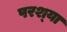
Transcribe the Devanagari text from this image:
परश्‍या